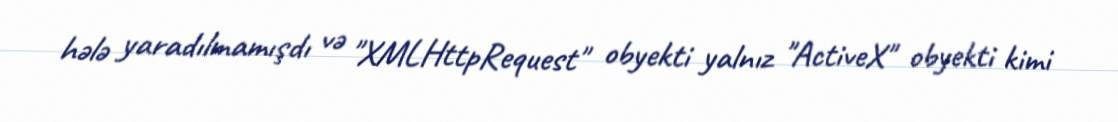
hələ yaradılmamışdı və "XMLHttpRequest" obyekti yalnız "ActiveX" obyekti kimi